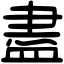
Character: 盡